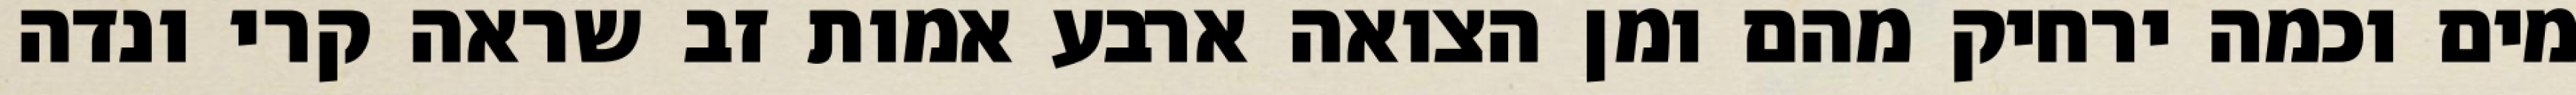
מים וכמה ירחיק מהם ומן הצואה ארבע אמות זב שראה קרי ונדה